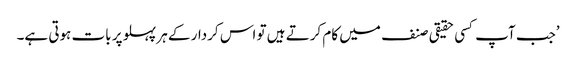
’جب آپ کسی حقیقی صنف میں کام کرتے ہیں تو اس کردار کے ہر پہلو پر بات ہوتی ہے۔